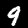
Digit: 9